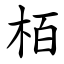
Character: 栢